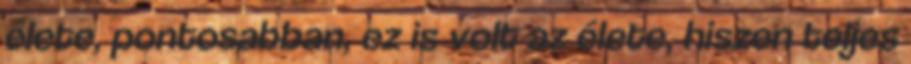
élete, pontosabban, ez is volt az élete, hiszen teljes